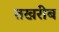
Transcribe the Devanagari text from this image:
तखरीब